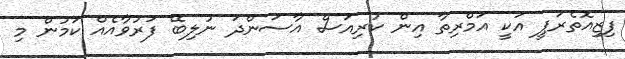
ފިޒިއޮތެރަޕީ އަކީ އަމްރިތާ އިން ކުރިއަސް އާސަންދަ ނުލިބޭ ފަރުވާއެއް ކަމުން މި